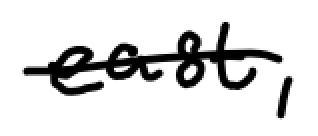
Text: east,
Cross-out: single-line
Writing tool: digital_black